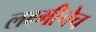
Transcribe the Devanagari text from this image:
लक्ष्मीचेच